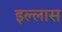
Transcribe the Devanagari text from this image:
इल्लास